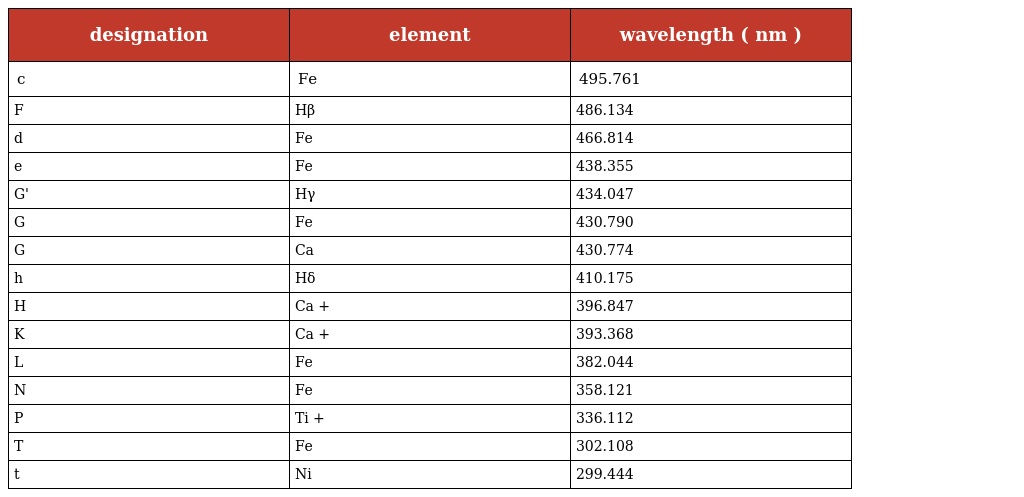
| designation | element | wavelength ( nm ) |
 | --- | --- | --- |
 | c | Fe | 495.761 |
 | F | Hβ | 486.134 |
 | d | Fe | 466.814 |
 | e | Fe | 438.355 |
 | G' | Hγ | 434.047 |
 | G | Fe | 430.790 |
 | G | Ca | 430.774 |
 | h | Hδ | 410.175 |
 | H | Ca + | 396.847 |
 | K | Ca + | 393.368 |
 | L | Fe | 382.044 |
 | N | Fe | 358.121 |
 | P | Ti + | 336.112 |
 | T | Fe | 302.108 |
 | t | Ni | 299.444 |